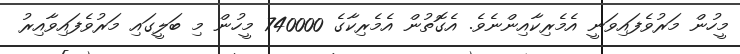
މީހުން މަރުވެފައިވަނީ އެމެރިކާއިންނެވެ. އެގޮތުން އެމެރިކާގެ 740000 މީހުން މި ބަލީގައި މަރުވެފައިވާއިރު